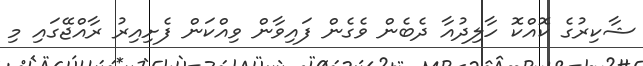
ޝާކިރުގެ ކޮއްކޮ ހާލިދުއާ ދެބެން ވެގެން ފައިވާން ވިއްކަން ފެށިއިރު ރާއްޖޭގައި މި